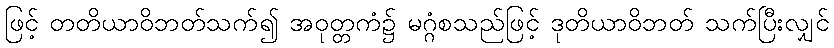
ဖြင့် တတိယာဝိဘတ်သက်၍ အဝုတ္တကံ၌ မဂ္ဂံစသည်ဖြင့် ဒုတိယာဝိဘတ် သက်ပြီးလျှင်